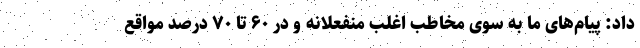
داد: پیام‌های ما به سوی مخاطب اغلب منفعلانه و در ۶۰ تا ۷۰ درصد مواقع